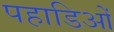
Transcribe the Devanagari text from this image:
पहाडिओं